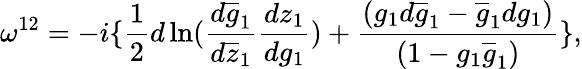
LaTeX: \omega^{12}=-i\{ \frac{1}{2}d\ln(\frac{d\overline{{{g}}}_{1}}{d\overline{{{z}}}_{1}}\frac{dz_{1}}{dg_{1}})+\frac{(g_{1}d\overline{{{g}}}_{1}-\overline{{{g}}}_{1}dg_{1})}{(1-g_{1}\overline{{{g}}}_{1})}\} ,